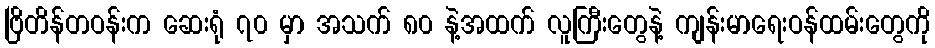
ဗြိတိန်တဝန်းက ဆေးရုံ ၇၀ မှာ အသက် ၈၀ နဲ့အထက် လူကြီးတွေနဲ့ ကျန်းမာရေးဝန်ထမ်းတွေကို